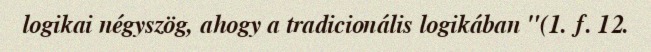
logikai négyszög, ahogy a tradicionális logikában "(1. f. 12.